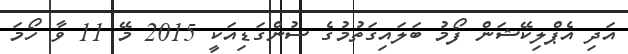
އަދި އެޕްލިކޭޝަން ފޯމު ބަލައިގަތުމުގެ ސުންގަޑިއަކީ 2015 މޭ 11 ވާ ހޯމަ